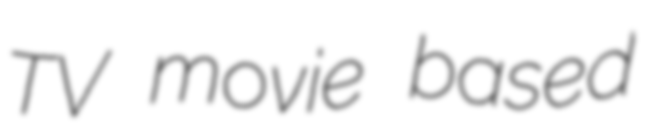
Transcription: TV movie based